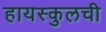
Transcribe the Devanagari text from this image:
हायस्कुलची